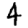
Digit: 4